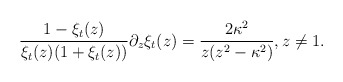
\begin{align*}\frac{1-\xi_t(z)}{\xi_t(z)(1+\xi_t(z))} \partial_z\xi_t(z) = \frac{2\kappa^2}{z(z^2-\kappa^2)}, z \neq 1.\end{align*}